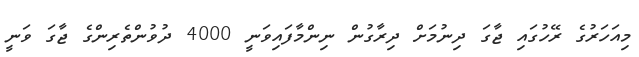
މިއަހަރުގެ ރޭހުގައި ޖާގަ ދިނުމަށް ދިރާގުން ނިންމާފައިވަނީ 4000 ދުވުންތެރިންގެ ޖާގަ ވަނީ